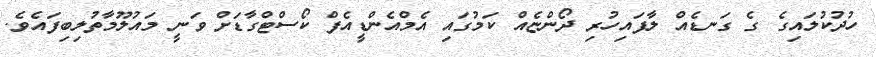
ހުދުކުލައިގެ ގެ ގަނޑެއް ލާފައިހުރި ދޯންޏެއް ކަމުގައި އެމްއެންޑީއެފް ކޯސްޓްގާޑަށް ވަނީ މައުލޫމާތުލިބިފައެވެ.